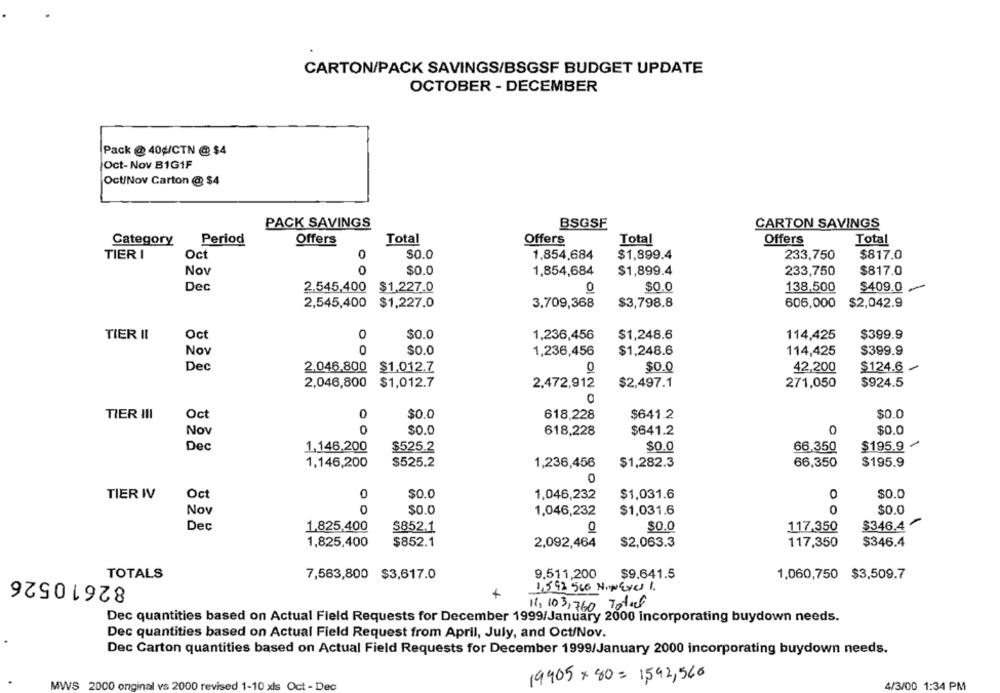
CARTON/PACK SAVINGS/BSGSF BUDGET UPDATE
OCTOBER - DECEMBER
Pack @ 40¢/CTN @ $4
Oct- Nov B1G1F
Oct/Nov Carton @ $4
PACK SAVINGS
BSGSE
CARTON SAVINGS
Category
Period
Offers
Total
Offers
Total
Offers
Total
TIER
Oct
0
$0.0
1,854,684
$1,899.4
233,750
$817.0
Nov
O
$0.0
1,854,684
$1,899.4
233,750
$817.0
Dec
2.545,400 $1,227.0
0
$0.0
138,500
$409.0
2,545,400 $1,227.0
3,709,368
$3,798.8
606,000
$2,042.9
TIER II
Oct
0
$0.0
1,236,456
$1,248.6
114,425
$399.9
Nov
0
$0.0
1,236,456
$1,248.6
114,425
$399.9
Dec
0
2.046,800 $1,012.7
$0.0
42,200
$124.6
2,046,800
$1,012.7
2,472,912
$2,497.1
271,050
$924.5
TIER III
Oct
0
$0.0
618,228
$641.2
$0.0
Nov
0
$0.0
$0.0
618,228
$641.2
Dec
1.146,200
$525.2
$0.0
66,350
$195.9
1,146,200
$525.2
1,236,456
$1,282.3
66,350
$195.9
0
TIER IV
Oct
0
$0.0
1,046,232
$1,031.6
O
$0.0
Nov
0
$0.0
1,046,232
$1,031.6
$0.0
Dec
1.825,400
$852.1
0
$0.0
$346.4
117.350
1,825,400
$852.1
2,092,464
$2,063.3
117,350
$346.4
TOTALS
82610526
9.511,200
$9.641.5
1,060,750 $3,509.7
7,563,800 $3,617.0
1,592 560 MINEres 1.
4
11, 103, 760 Total
Dec quantities based on Actual Field Requests for December 1999/January 2000 incorporating buydown needs.
Dec quantities based on Actual Field Request from April, July, and Oct/Nov.
Dec Carton quantities based on Actual Field Requests for December 1999/January 2000 incorporating buydown needs.
19905x 80 = 1,592,560
MWS 2000 original vs 2000 revised 1-10 xls Oct - Dec
4/3/00 1:34 PM